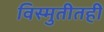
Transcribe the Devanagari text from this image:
विस्मुतीतही